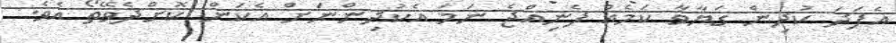
އެފަދަ ކުދިން ގަޔާވާ ކަމެއް ފެނިއްޖެ ނަމަ އެކުދިންނަށް އެކަން ކޮށްދެވޭތޯ އެވެ.